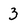
Character: 3